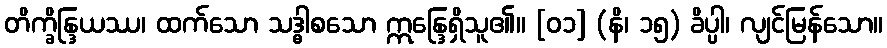
တိက္ခိန္ဒြယဿ၊ ထက်သော သဒ္ဓါစသော ဣန္ဒြေရှိသူ၏။ [၀၁] (နိ၊ ၁၅) ခိပ္ပါ၊ လျင်မြန်သော။